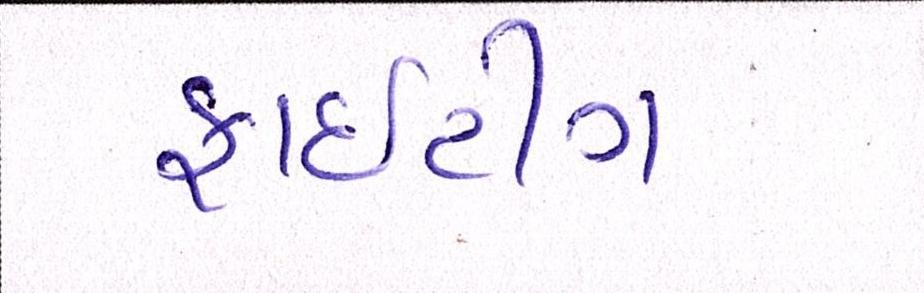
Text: ફાઈટીંગ